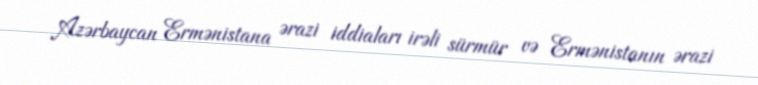
Azərbaycan Ermənistana ərazi iddiaları irəli sürmür və Ermənistanın ərazi